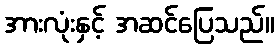
အားလုံးနှင့် အဆင်ပြေသည်။